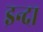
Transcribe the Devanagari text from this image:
इन्दा